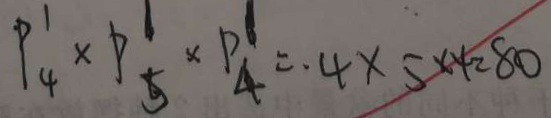
P ^ { 1 } _ { 4 } \times P ^ { 1 } _ { 5 } \times P ^ { 1 } _ { 4 } = 4 \times 5 \times 4 = 8 0